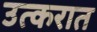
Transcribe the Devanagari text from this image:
उत्करात